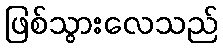
ဖြစ်သွားလေသည်